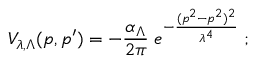
V _ { \lambda , \Lambda } ( p , p ^ { \prime } ) = - \frac { \alpha _ { \Lambda } } { 2 \pi } \; e ^ { - \frac { ( p ^ { 2 } - p ^ { 2 } ) ^ { 2 } } { \lambda ^ { 4 } } } \; ;